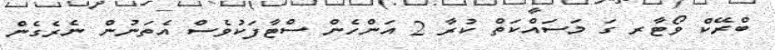
ބްރޭކް ވޯޓާރ ގަ މަސައްކަތް ކުރާ 2 އަންހެން ސްޓާފަކުވެސް އެތަނުން ނެރެގެން